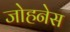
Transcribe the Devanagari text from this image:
जोहनेस